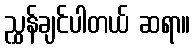
ညွှန်ချင်ပါတယ် ဆရာ။